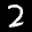
Label: 2